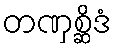
တဏှစ္ဆိဒံ